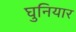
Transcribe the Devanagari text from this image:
घुनियार